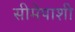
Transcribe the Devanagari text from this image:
सीमेपाशी